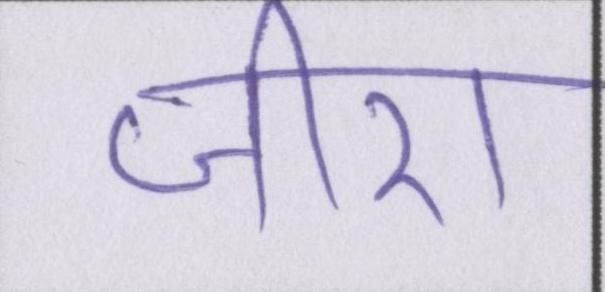
जीरा